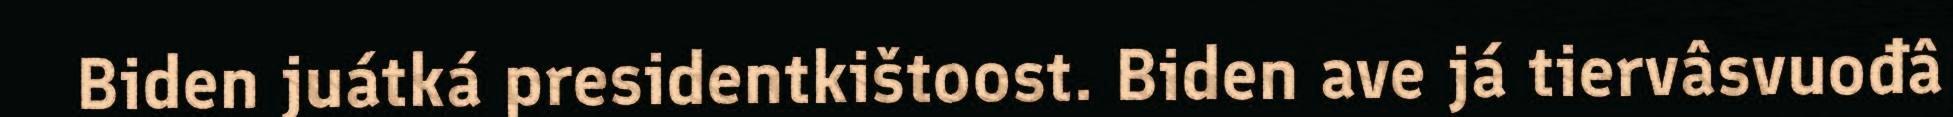
Biden juátká presidentkištoost. Biden ave já tiervâsvuođâ